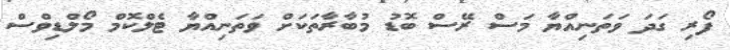
ފޯރި ގަދަ ވަތަނިއްޔާ މަސް ރޭސް ބޮޑު މުބާރާތަކަށް ވަތަނިއްޔާ ޓެލްކޮމް މޯލްޑިވްސް